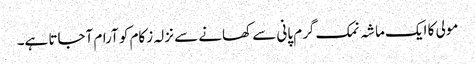
مولی کا ایک ماشہ نمک گرم پانی سے کھانے سے نزلہ زکام کو آرام آجاتا ہے۔